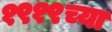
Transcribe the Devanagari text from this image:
१९१९च्या